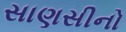
સાણસીનો